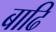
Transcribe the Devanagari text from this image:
बाढि